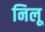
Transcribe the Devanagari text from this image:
निलू